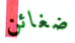
ضغائن